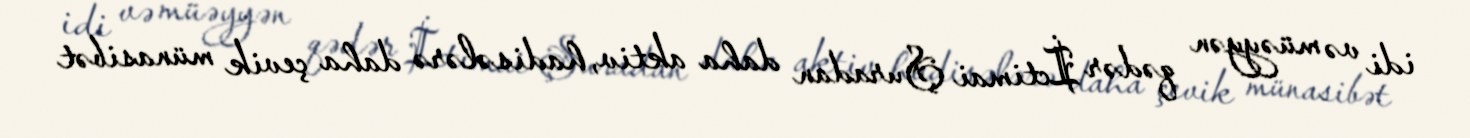
idi və müəyyən qədər İctimai Şuradan daha aktiv, hadisələrə daha çevik münasibət